Vaccination in Burma 1912-1922 - 1912-1922
Year: 1912
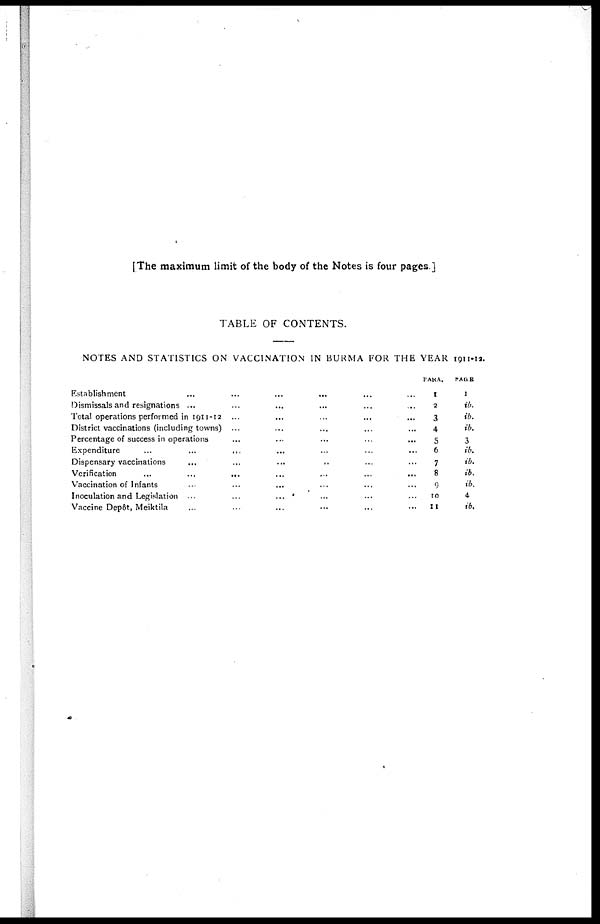
[The maximum limit of the body of the Notes is four pages.]
TABLE OF CONTENTS.
NOTES AND STATISTICS ON VACCINATION IN BURMA FOR THE YEAR 1911-12.
Establishment
...
...
...
...
Dismissals and resignations ... ... ...
Total operations performed in 1911-12 ... ... ...
District vaccinations (including towns) ... ... ...
Percentage of success in operations... ... ... ...
Expenditure
...
...
...
Dispensary vaccinations ... ... ... ...
Verification
...
...
...
Vaccination of Infants ... ... ... ...
Inoculation and Legislation ... ... ...
Vaccine Depôt, Meiktila... ... ...
PARA.
1
2
3
4
5
6
7
8
9
10
11
PAGE
1
ib.
ib.
ib.
3
ib.
ib.
ib.
ib.
4
ib.